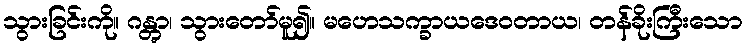
သွားခြင်းကို။ ဂန္တွာ၊ သွားတော်မူ၍။ မဟေသက္ခာယဒေဝတာယ၊ တန်ခိုးကြီးသော